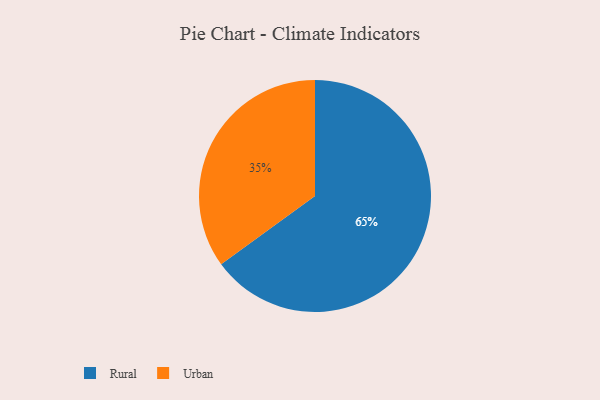
{"axis": {"x": "Category", "y": "Percentage"}, "legend": ["Rural", "Urban"], "data": [{"x": "Rural", "y": 65, "type": "Rural"}, {"x": "Urban", "y": 35, "type": "Urban"}]}